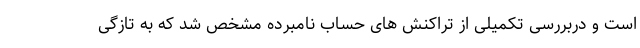
است و دربررسی تکمیلی از تراکنش های حساب نامبرده مشخص شد که به تازگی